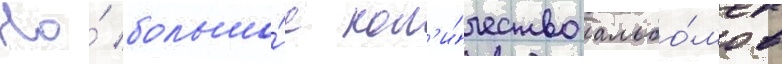
Но́ большо́е кол'и́чество альбо́мов